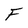
Character: F